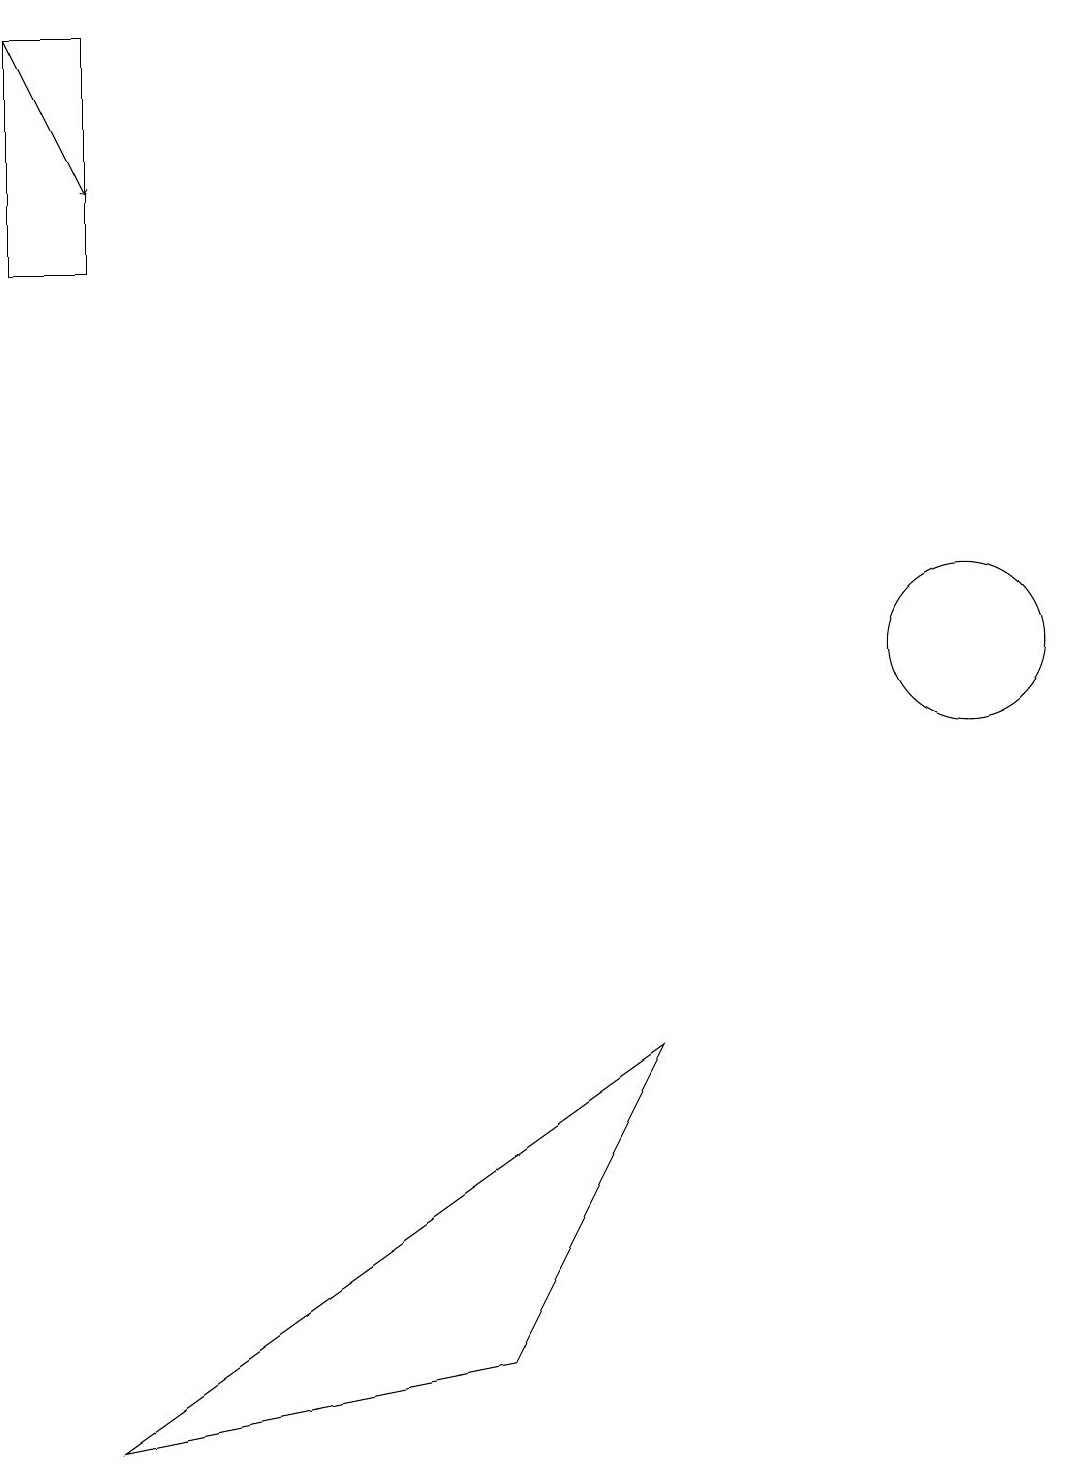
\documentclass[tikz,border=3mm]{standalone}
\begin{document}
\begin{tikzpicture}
\draw[->] (0,19) -- (1,17);
\draw (12,11) circle (1);
\draw (11,10) circle (0);
\draw (8,6) -- (6,2) -- (1,1) -- cycle;
\draw (1,19) rectangle (0,16);
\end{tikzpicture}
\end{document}